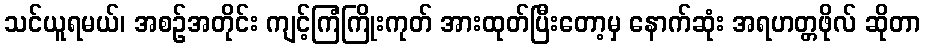
သင်ယူရမယ်၊ အစဉ်အတိုင်း ကျင့်ကြံကြိုးကုတ် အားထုတ်ပြီးတော့မှ နောက်ဆုံး အရဟတ္တဖိုလ် ဆိုတာ